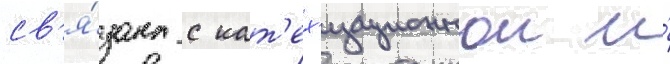
св'я́зана с кат'ех'изационнои и́